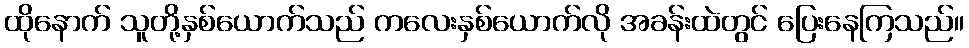
ထိုနောက် သူတို့နှစ်ယောက်သည် ကလေးနှစ်ယောက်လို အခန်းထဲတွင် ပြေးနေကြသည်။